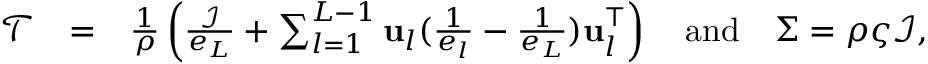
\begin{array} { r l r } { \mathcal { T } } & { = } & { \frac { 1 } { \rho } \left( \frac { \mathcal { I } } { e _ { L } } + \sum _ { l = 1 } ^ { L - 1 } \mathbf { u } _ { l } ( \frac { 1 } { e _ { l } } - \frac { 1 } { e _ { L } } ) \mathbf { u } _ { l } ^ { \top } \right) \quad \mathrm { a n d } \quad \Sigma = \rho \varsigma \mathcal { I } , } \end{array}